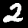
Digit: 2